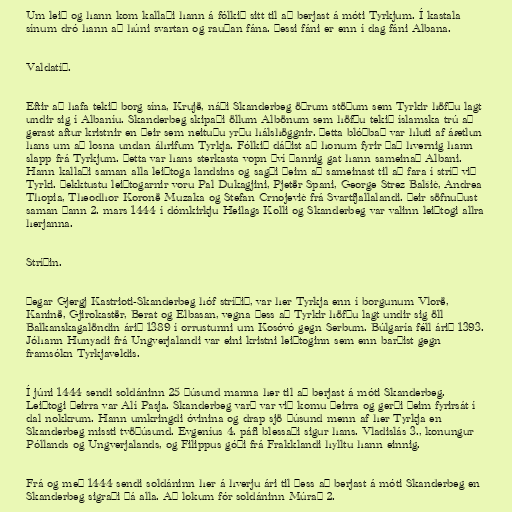
Um leið og hann kom kallaði hann á fólkið sitt til að berjast á móti Tyrkjum. Í kastala
sínum dró hann að húni svartan og rauðan fána. Þessi fáni er enn í dag fáni Albana.

Valdatíð.

Eftir að hafa tekið borg sína, Krujë, náði Skanderbeg öðrum stöðum sem Tyrkir höfðu lagt
undir sig í Albaníu. Skanderbeg skipaði öllum Albönum sem höfðu tekið íslamska trú að
gerast aftur kristnir en þeir sem neituðu yrðu hálshöggnir. Þetta blóðbað var hluti af áætlun
hans um að losna undan áhrifum Tyrkja. Fólkið dáðist að honum fyrir það hvernig hann
slapp frá Tyrkjum. Þetta var hans sterkasta vopn því þannig gat hann sameinað Albani.
Hann kallaði saman alla leiðtoga landsins og sagði þeim að sameinast til að fara í stríð við
Tyrki. Þekktustu leiðtogarnir voru Pal Dukagjini, Pjetër Spani, George Strez Balšić, Andrea
Thopia, Theodhor Koronë Muzaka og Stefan Crnojević frá Svartfjallalandi. Þeir söfnuðust
saman þann 2. mars 1444 í dómkirkju Heilags Kolli og Skanderbeg var valinn leiðtogi allra
herjanna.

Stríðin.

Þegar Gjergj Kastrioti-Skanderbeg hóf stríðið, var her Tyrkja enn í borgunum Vlorë,
Kaninë, Gjirokastër, Berat og Elbasan, vegna þess að Tyrkir höfðu lagt undir sig öll
Balkanskagalöndin árið 1389 í orrustunni um Kosóvó gegn Serbum. Búlgaría féll árið 1393.
Jóhann Hunyadi frá Ungverjalandi var eini kristni leiðtoginn sem enn barðist gegn
framsókn Tyrkjaveldis.

Í júni 1444 sendi soldáninn 25 þúsund manna her til að berjast á móti Skanderbeg.
Leiðtogi þeirra var Alí Pasja. Skanderbeg varð var við komu þeirra og gerði þeim fyrirsát í
dal nokkrum. Hann umkringdi óvinina og drap sjö þúsund menn af her Tyrkja en
Skanderbeg missti tvöþúsund. Evgeníus 4. páfi blessaði sigur hans. Vladislás 3., konungur
Póllands og Ungverjalands, og Filippus góði frá Frakklandi hylltu hann einnig.

Frá og með 1444 sendi soldáninn her á hverju ári til þess að berjast á móti Skanderbeg en
Skanderbeg sigraði þá alla. Að lokum fór soldáninn Múrað 2.